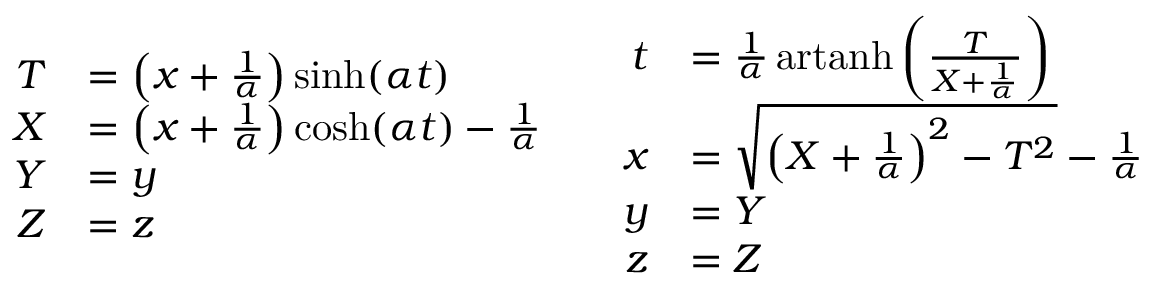
{ \begin{array} { c c } { { \begin{array} { r l } { T } & { = \left( x + { \frac { 1 } { \alpha } } \right) \sinh ( \alpha t ) } \\ { X } & { = \left( x + { \frac { 1 } { \alpha } } \right) \cosh ( \alpha t ) - { \frac { 1 } { \alpha } } } \\ { Y } & { = y } \\ { Z } & { = z } \end{array} } } & { { \begin{array} { r l } { t } & { = { \frac { 1 } { \alpha } } \operatorname { a r t a n h } \left( { \frac { T } { X + { \frac { 1 } { \alpha } } } } \right) } \\ { x } & { = { \sqrt { \left( X + { \frac { 1 } { \alpha } } \right) ^ { 2 } - T ^ { 2 } } } - { \frac { 1 } { \alpha } } } \\ { y } & { = Y } \\ { z } & { = Z } \end{array} } } \end{array} }